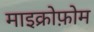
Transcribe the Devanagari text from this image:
माइक्रोफ़ोम